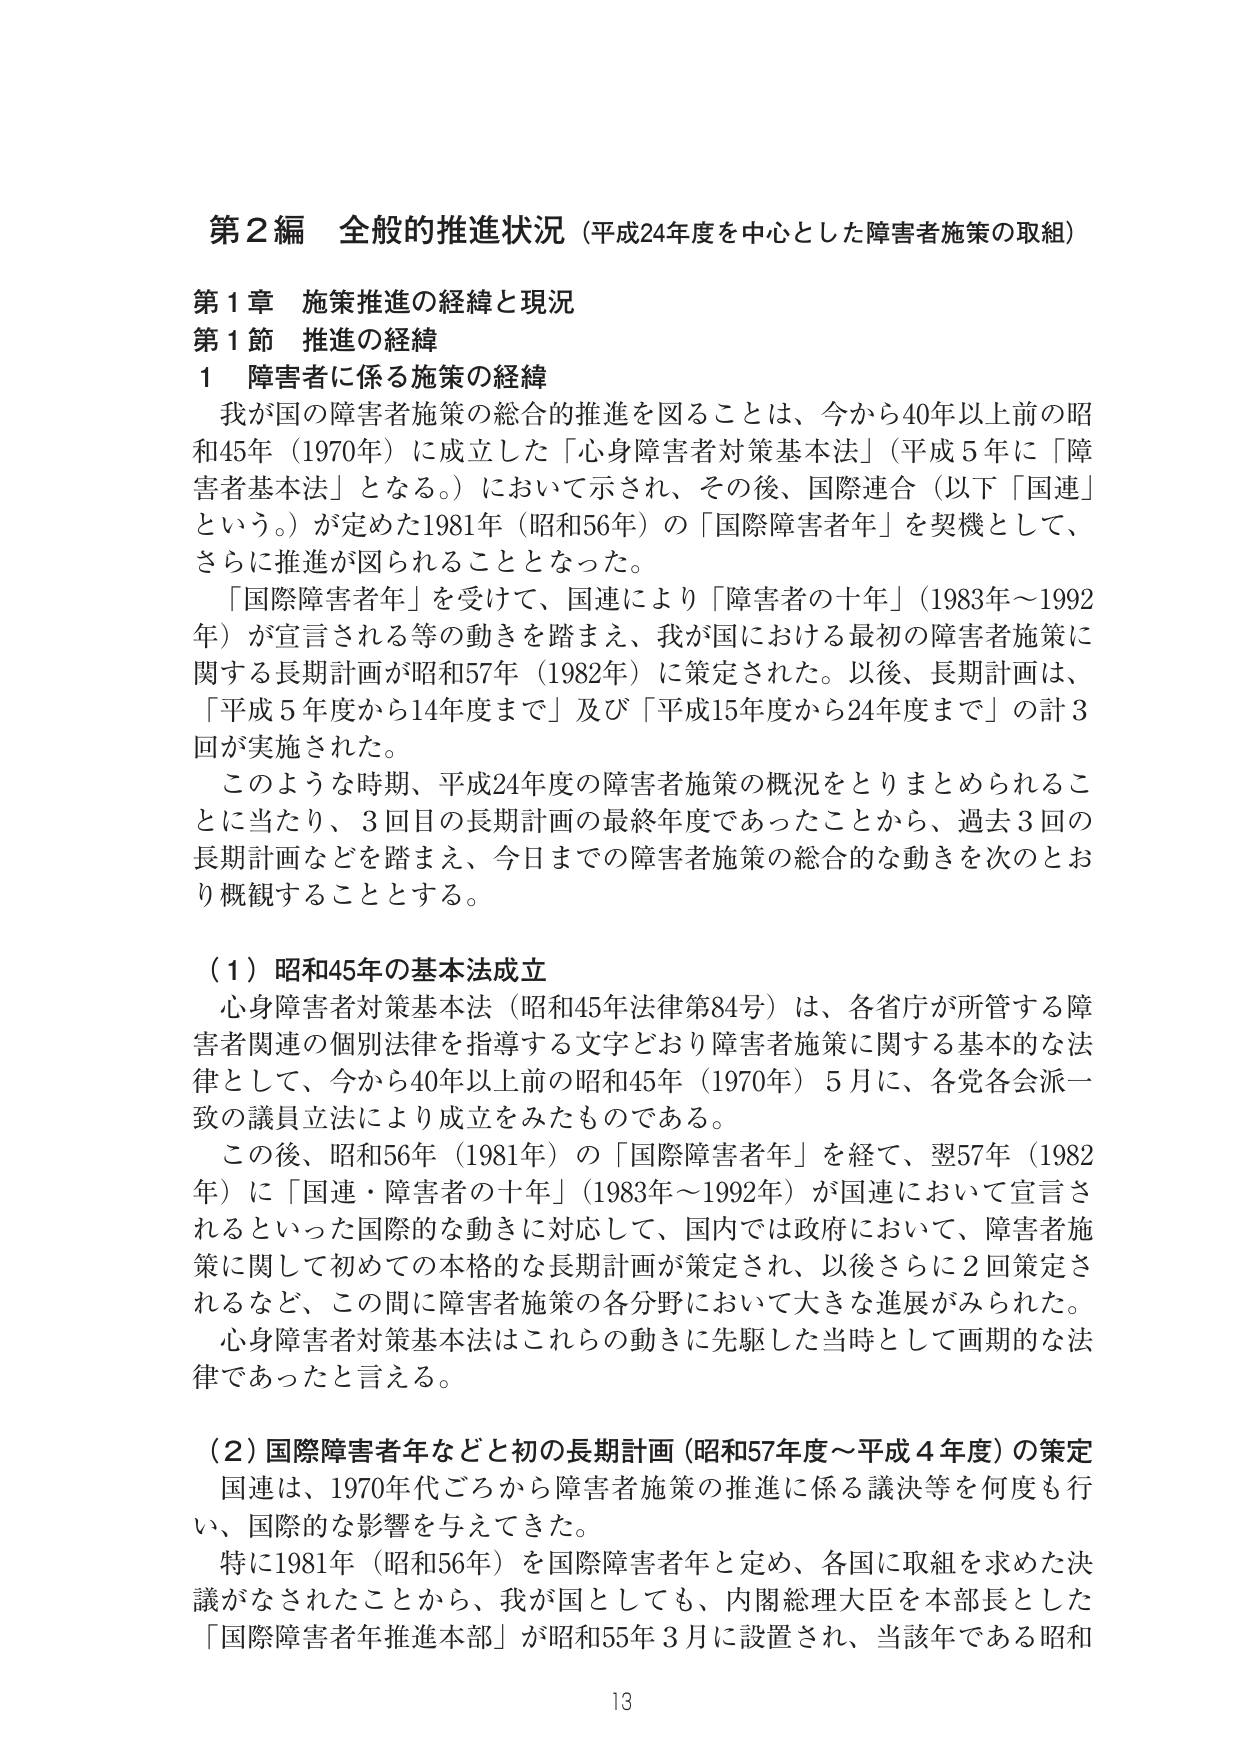
第2編 全般的推進状況（平成24年度を中心とした障害者施策の取組）

第1章 施策推進の経緯と現況
第1節 推進の経緯
1 障害者に係る施策の経緯

我が国の障害者施策の総合的推進を図ることは、今から40年以上前の昭和45年（1970年）に成立した「心身障害者対策基本法」（平成5年に「障害者基本法」となる。）において示され、その後、国際連合（以下「国連」という。）が定めた1981年（昭和56年）の「国際障害者年」を契機として、さらに推進が図られることとなった。

「国際障害者年」を受けて、国連により「障害者の十年」（1983年～1992年）が宣言される等の動きを踏まえ、我が国における最初の障害者施策に関する長期計画が昭和57年（1982年）に策定された。以後、長期計画は、「平成5年度から14年度まで」及び「平成15年度から24年度まで」の計3回が実施された。

このような時期、平成24年度の障害者施策の概況をとりまとめられることに当たり、3回目の長期計画の最終年度であったことから、過去3回の長期計画などを踏まえ、今日までの障害者施策の総合的な動きを次のとおり概観することとする。

（1）昭和45年の基本法成立
心身障害者対策基本法（昭和45年法律第84号）は、各省庁が所管する障害者関連の個別法律を指導する文字どおり障害者施策に関する基本的な法律として、今から40年以上前の昭和45年（1970年）5月に、各党各会派一致の議員立法により成立をみたものである。

この後、昭和56年（1981年）の「国際障害者年」を経て、翌57年（1982年）に「国連・障害者の十年」（1983年～1992年）が国連において宣言されるといった国際的な動きに対応して、国内では政府において、障害者施策に関して初めての本格的な長期計画が策定され、以後さらに2回策定されるなど、この間に障害者施策の各分野において大きな進展がみられた。

心身障害者対策基本法はこれらの動きに先駆した当時として画期的な法律であったと言える。

（2）国際障害者年などと初の長期計画（昭和57年度～平成4年度）の策定
国連は、1970年代ごろから障害者施策の推進に係る議決等を何度も行い、国際的な影響を与えてきた。

特に1981年（昭和56年）を国際障害者年と定め、各国に取組を求めた決議がなされたことから、我が国としても、内閣総理大臣を本部長とした「国際障害者年推進本部」が昭和55年3月に設置され、当該年である昭和

13